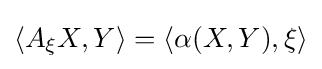
\langle A_{\xi }X,Y\rangle =\langle \alpha (X,Y),\xi \rangle